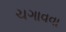
ચગાવવા